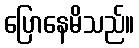
ပြောနေမိသည်။